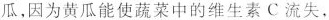
瓜，因为黄瓜能使蔬菜中的维生素C流失，